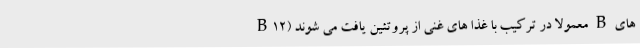
های B معمولا در ترکیب با غذا های غنی از پروتئین یافت می شوند (B12